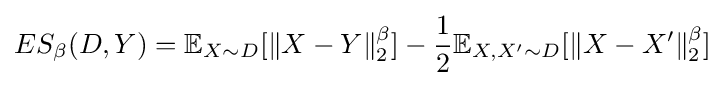
ES_{\beta }(D,Y)=\mathbb {E} _{X\sim D}[\lVert X-Y\rVert _{2}^{\beta }]-{\frac {1}{2}}\mathbb {E} _{X,X'\sim D}[\lVert X-X'\rVert _{2}^{\beta }]